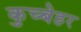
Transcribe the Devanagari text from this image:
कुच्बेहर